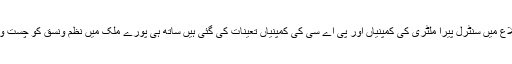
انتخابی نتائج کے پیش نظر پولنگ سنٹروں اور حساس اضلاع میں سنٹرل پیرا ملٹری کی کمپنیاں اور پی اے سی کی کمپنیاں تعینات کی گئی ہیں ساتھ ہی پورے ملک میں نظم ونسق کو چست و درست رکھنے کے لئے وسیع ترانتظامات کیے گئے ہیں۔